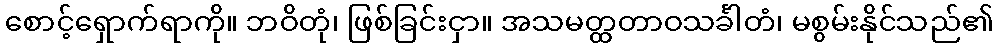
စောင့်ရှောက်ရာကို။ ဘဝိတုံ၊ ဖြစ်ခြင်းငှာ။ အသမတ္ထတာဝသင်္ခါတံ၊ မစွမ်းနိုင်သည်၏